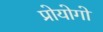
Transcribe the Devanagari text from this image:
प्रोयोगो